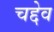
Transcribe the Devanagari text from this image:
चद्देव